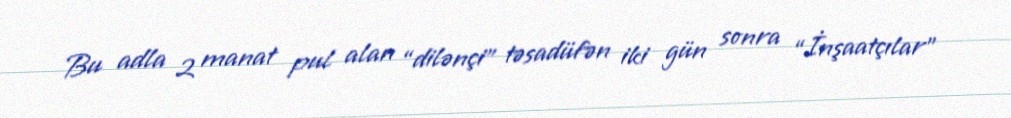
Bu adla 2 manat pul alan “dilənçi” təsadüfən iki gün sonra “İnşaatçılar”